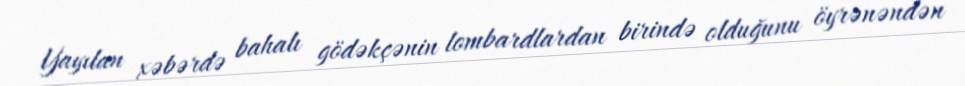
Yayılan xəbərdə bahalı gödəkçənin lombardlardan birində olduğunu öyrənəndən